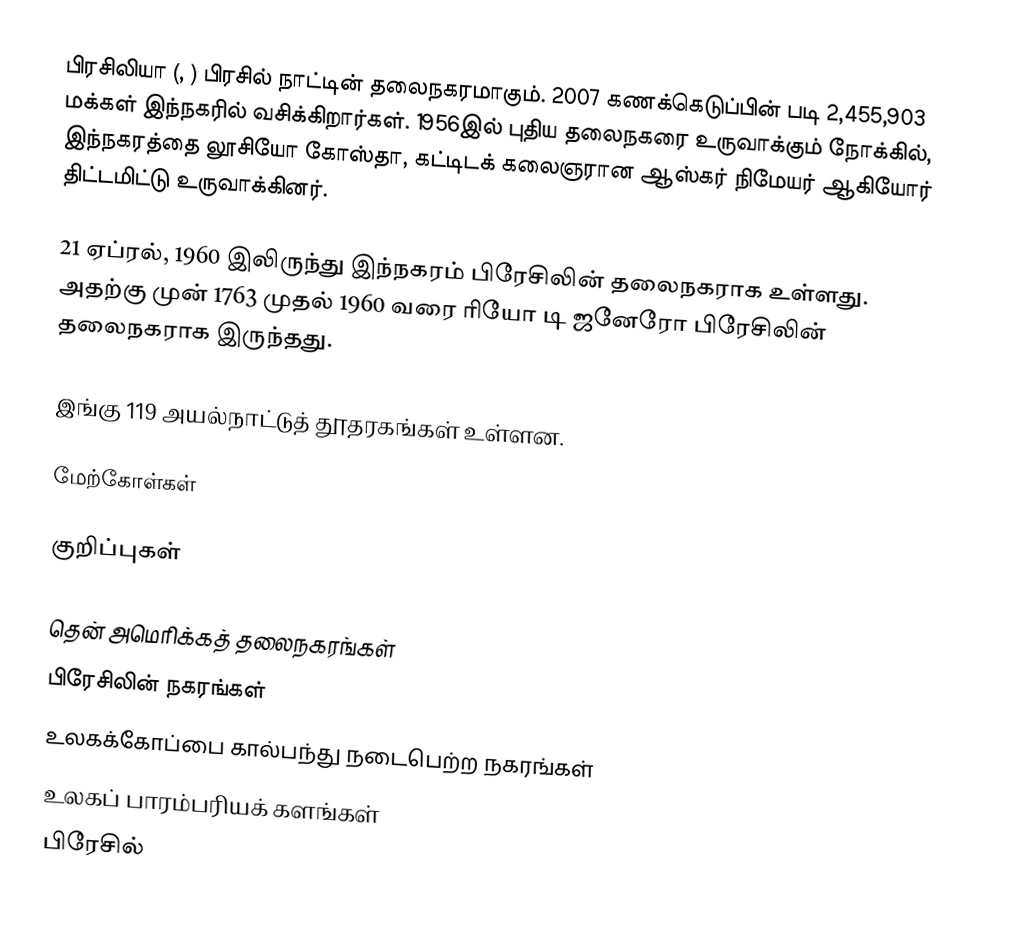
பிரசிலியா (, ) பிரசில் நாட்டின் தலைநகரமாகும். 2007 கணக்கெடுப்பின் படி 2,455,903 மக்கள் இந்நகரில் வசிக்கிறார்கள். 1956இல் புதிய தலைநகரை உருவாக்கும் நோக்கில், இந்நகரத்தை லூசியோ கோஸ்தா, கட்டிடக் கலைஞரான ஆஸ்கர் நிமேயர் ஆகியோர் திட்டமிட்டு உருவாக்கினர்.

21 ஏப்ரல், 1960 இலிருந்து இந்நகரம் பிரேசிலின் தலைநகராக உள்ளது. அதற்கு முன் 1763 முதல் 1960 வரை ரியோ டி ஜனேரோ பிரேசிலின் தலைநகராக இருந்தது.

இங்கு 119 அயல்நாட்டுத் தூதரகங்கள் உள்ளன.

மேற்கோள்கள்

குறிப்புகள்

தென் அமெரிக்கத் தலைநகரங்கள்
பிரேசிலின் நகரங்கள்
உலகக்கோப்பை கால்பந்து நடைபெற்ற நகரங்கள்
உலகப் பாரம்பரியக் களங்கள்
பிரேசில்